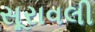
સૂરાવલી